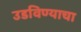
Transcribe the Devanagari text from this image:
उडविण्याचा